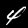
Digit: 4